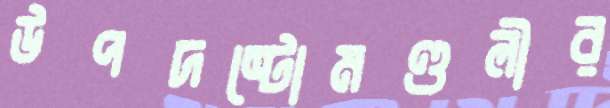
উপদষ্টোমণ্ডলীর